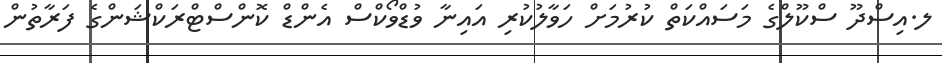
ލ.އިސްދޫ ސްކޫލްގެ މަސައްކަތް ކުރުމަށް ހަވާލުކުރި އައިނާ ވުޑްވޯކްސް އެންޑް ކޮންސްޓްރަކްޝަންގެ ފަރާތުން